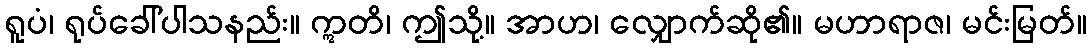
ရူပံ၊ ရုပ်ခေါ်ပါသနည်း။ ဣတိ၊ ဤသို့။ အာဟ၊ လျှောက်ဆို၏။ မဟာရာဇ၊ မင်းမြတ်။